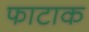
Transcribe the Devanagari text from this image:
फाटाक